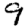
Digit: 9